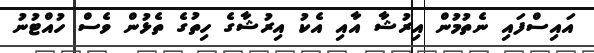
އައިސްފައި ނެތުމުން އިރުޝާ އާއި އެކު އިރުޝާގެ ހިތުގެ ތެޅުން ވެސް ހުއްޓުނު